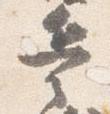
兵